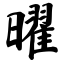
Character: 曜